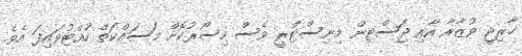
ޚާރިޖީ ވުޒާރާ އާއި ޖަސްޓިން މިނިސްޓްރީ ވެސް ހިސޯރުކޮށް މަސައްކަތް ހުއްޓުވައިފަ އެވެ.